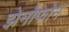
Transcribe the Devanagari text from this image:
झेनोफोन